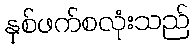
နှစ်ဖက်စလုံးသည်